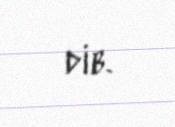
dib.